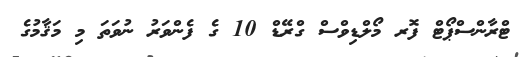
ޓްރާންސްޕޯޓް ފޮރ މޯލްޑިވްސް ގްރޭޑް 10 ގެ ފެންވަރު ނުވަތަ މި މަޤާމުގެ